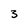
Character: 3